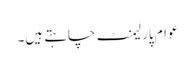
عوام پارلیمنٹ چاہتے ہیں۔